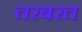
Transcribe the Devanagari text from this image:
तरबरत